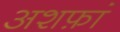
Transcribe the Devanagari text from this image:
अशफ़ां